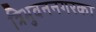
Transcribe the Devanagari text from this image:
त्रिभुवननगरका